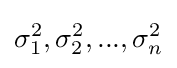
\sigma _{1}^{2},\sigma _{2}^{2},...,\sigma _{n}^{2}